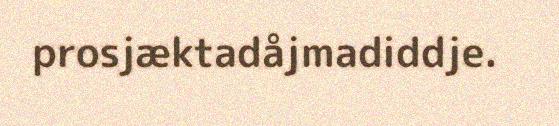
prosjæktadåjmadiddje.